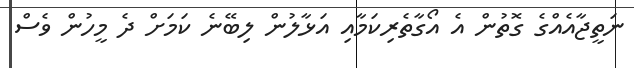
ނަތީޖާއެއްގެ ގޮތުން އެ އޯގާތެރިކަމާއި އަޅާލުން ލިބޭނެ ކަމަށް ދެ މީހުން ވެސް